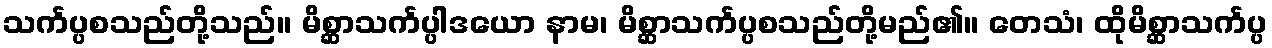
သင်္ကပ္ပစသည်တို့သည်။ မိစ္ဆာသင်္ကပ္ပါဒယော နာမ၊ မိစ္ဆာသင်္ကပ္ပစသည်တို့မည်၏။ တေသံ၊ ထိုမိစ္ဆာသင်္ကပ္ပ